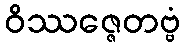
ဝိဿဇ္ဇေတဗ္ဗံ